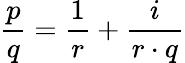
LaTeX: {\frac{p}{q}}={\frac{1}{r}}+{\frac{i}{r\cdot q}}